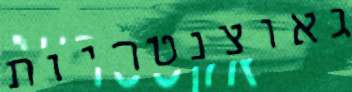
גאוצנטריות